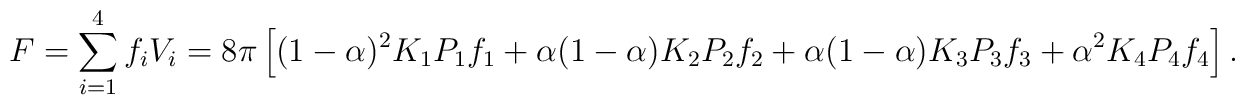
F = \sum_{i=1}^4  f_i V_i = 8\pi \left[(1-\alpha)^2 K_1 P_1 f_1+ 	\alpha(1-\alpha) K_2 P_2 f_2 + \alpha(1-\alpha) K_3 P_3 f_3 + 	\alpha^2 K_4 P_4 f_4 \right].